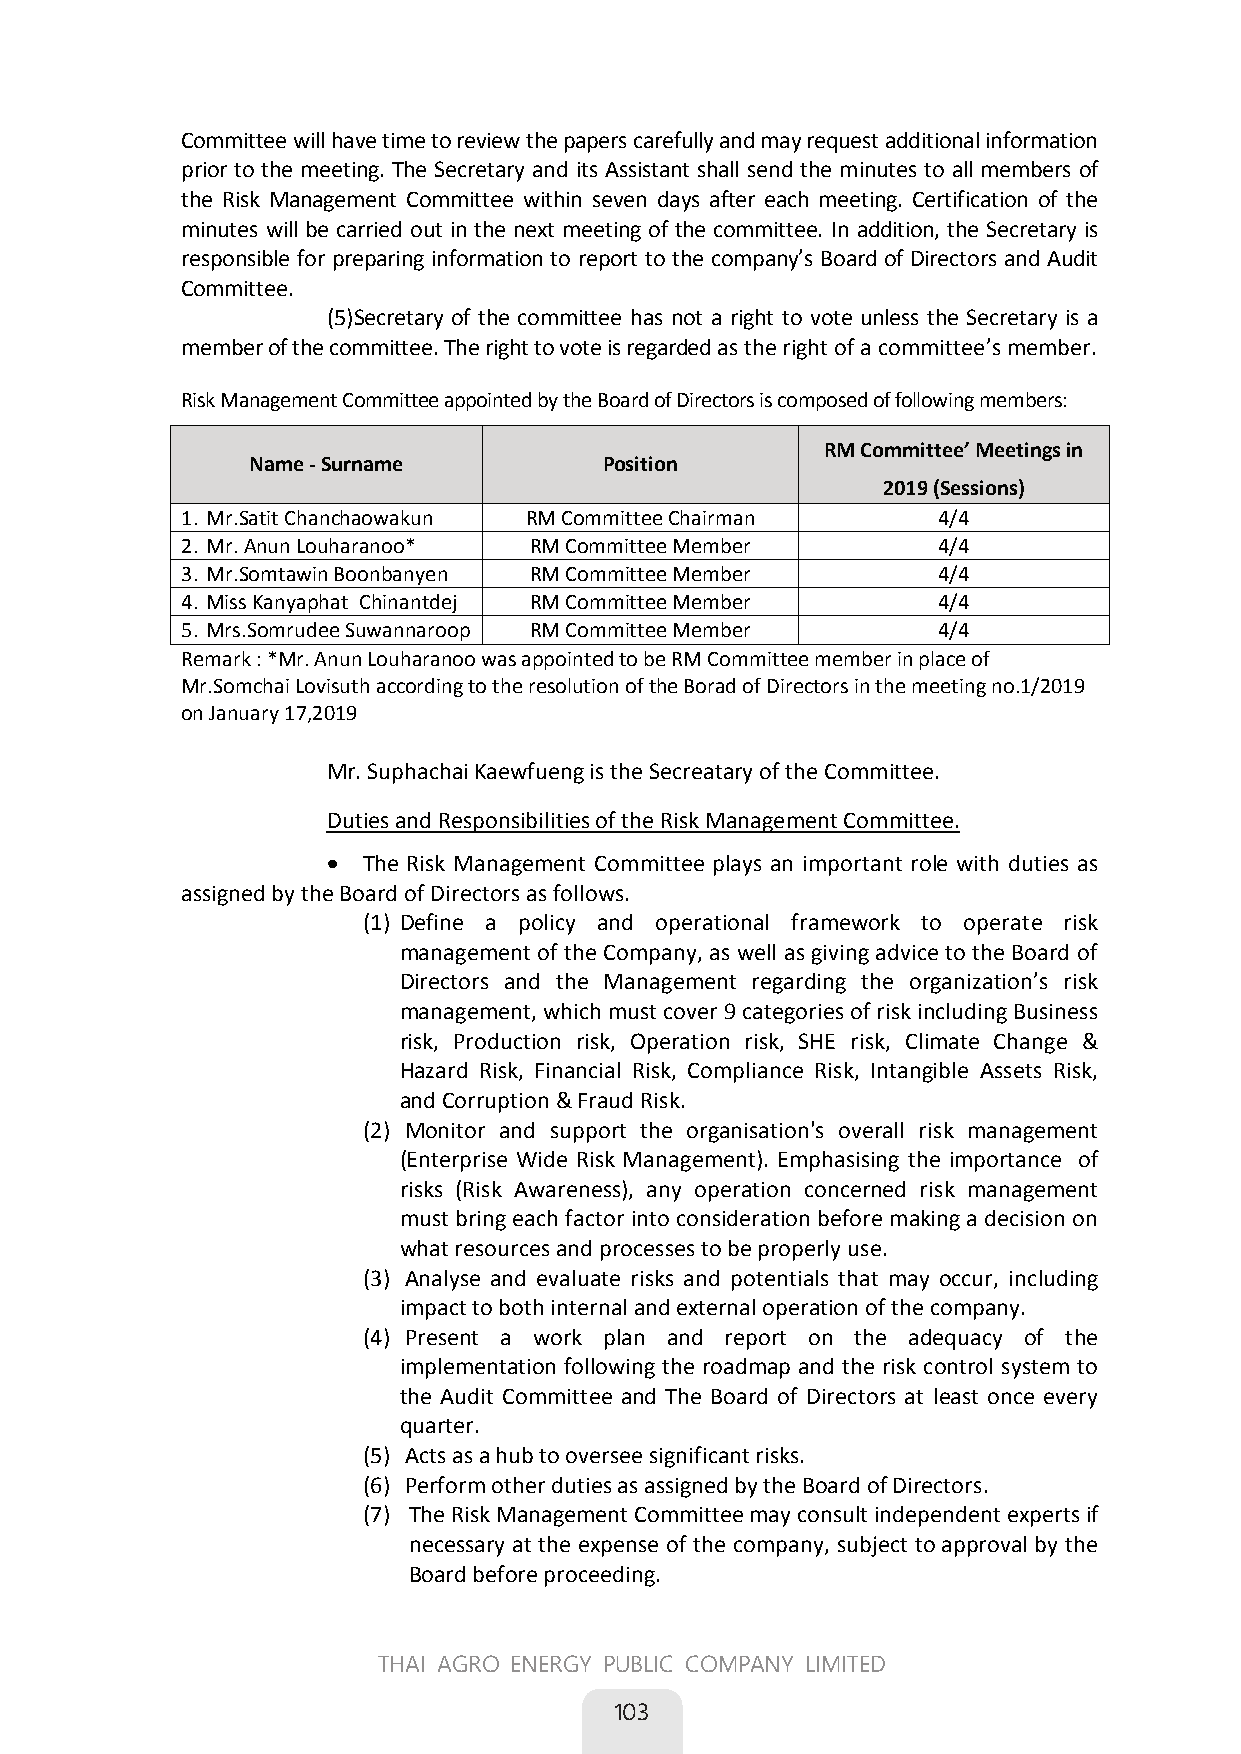
Committee will have time to review the papers carefully and may request additional information
 prior to the meeting. The Secretary and its Assistant shall send the minutes to all members of
 the Risk Management Committee within seven days after each meeting. Certification of the
 minutes will be carried out in the next meeting of the committee. In addition, the Secretary is
 responsible for preparing information to report to the company’s Board of Directors and Audit
 Committee.
 (5) Secretary of the committee has not a right to vote unless the Secretary is a
 member of the committee. The right to vote is regarded as the right of a committee’s member.
 Risk Management Committee appointed by the Board of Directors is composed of following members:
 RM Committee’ Meetings in
 Name - Surname          Position
 2019 (Sessions)
 1.Mr.Satit Chanchaowakun RM Committee Chairman  4/4
 2.Mr. Anun Louharanoo* RM Committee Member      4/4
 3.Mr.Somtawin Boonbanyen RM Committee Member    4/4
 4.Miss Kanyaphat Chinantdej RM Committee Member 4/4
 5.Mrs.Somrudee Suwannaroop RM Committee Member  4/4
 Remark : *Mr. Anun Louharanoo was appointed to be RM Committee member in place of
 Mr.Somchai Lovisuth according to the resolution of the Borad of Directors in the meeting no.1/2019
 on January 17,2019
 Mr. Suphachai Kaewfueng is the Secreatary of the Committee.
 
 Duties and Responsibilities of the Risk Management Committee.
  The Risk Management Committee plays an important role with duties as
 assigned by the Board of Directors as follows.
 (1) Define a policy and operational framework to operate risk
 management of the Company, as well as giving advice to the Board of
 Directors and the Management regarding the organization’s risk
 management, which must cover 9 categories of risk including Business
 risk, Production risk, Operation risk, SHE risk, Climate Change &
 Hazard Risk, Financial Risk, Compliance Risk, Intangible Assets Risk,
 and Corruption & Fraud Risk.
 (2) Monitor and support the organisation's overall risk management
 (Enterprise Wide Risk Management). Emphasising the importance of
 risks (Risk Awareness), any operation concerned risk management
 must bring each factor into consideration before making a decision on
 what resources and processes to be properly use.
 (3) Analyse and evaluate risks and potentials that may occur, including
 impact to both internal and external operation of the company.
 (4) Present a work plan and report on the adequacy of the
 implementation following the roadmap and the risk control system to
 the Audit Committee and The Board of Directors at least once every
 quarter.
 (5) Acts as a hub to oversee significant risks.
 (6) Perform other duties as assigned by the Board of Directors.
 (7) The Risk Management Committee may consult independent experts if
 necessary at the expense of the company, subject to approval by the
 Board before proceeding.
 65
 THAI AGRO ENERGY PUBLIC COMPANY LIMITED
 
 103